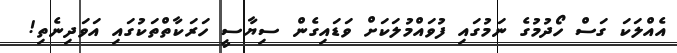
އެއްލަކަ ގަސް ހޯދުމުގެ ނަމުގައި ފުވައްމުލަކަށް ވަޑައިގެން ސިޔާސީ ހަރަކާތްތަކުގައި އަވަދިނެތި!